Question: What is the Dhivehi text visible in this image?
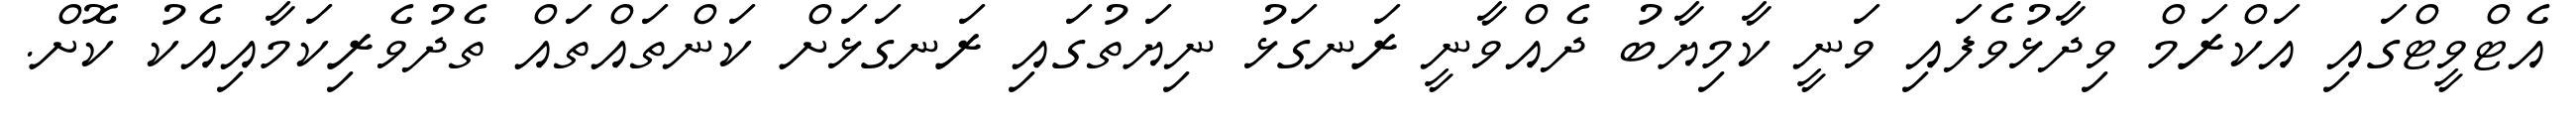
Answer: އެޓްވީޓްގައި އަކްރަމް ވިދާޅުވެފައި ވަނީ ކާމިޔާބު ދެއްވާނީ ރަނގަޅު ނިޔަތުގައި ރަނގަޅަށް ކަންތައްތައް ތެދުވެރިކަމާއިއެކު ކޮށް.